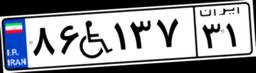
۸۶W۱۳۷۳۱